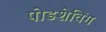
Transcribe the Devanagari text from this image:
पोडशेविंग